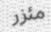
مئزر